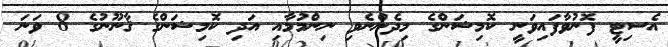
އެސިޓީ ފޮނުވާފައިވަނީ ކޮމިޝަންގެ މިދެންނެވި ނިންމުމާއި އަދި ކޮމިޝަންގެ ޤާނޫނުގެ 8 ވަނަ